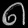
Digit: ၈